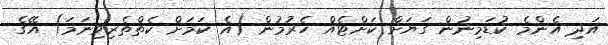
އަދި އެންމެ ކުޑަމިނުން ގަޔަށް ކަށްޓެއް ހެރުމުން (އެ ކަމަށް ކެތްތެރިވިނަމަ) އޭގެ